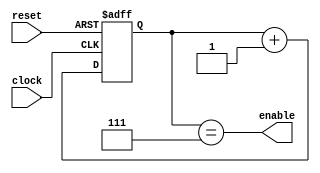
// A counter with eight states with a change in
// state each clock cycle
module EightCounter(enable, clock, reset);
	input clock, reset;
	output enable;

	reg[2:0] count;

	always @(posedge clock or posedge reset) begin
		if (reset)
			count <= 'b000;
		else
			count <= count + 'b1;
	end

	assign enable = (count == 'b111);
endmodule